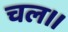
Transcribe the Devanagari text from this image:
चल।।